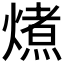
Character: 𭵽